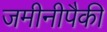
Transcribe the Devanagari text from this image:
जमीनीपैकी